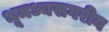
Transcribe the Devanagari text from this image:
भूमध्यसगरीय